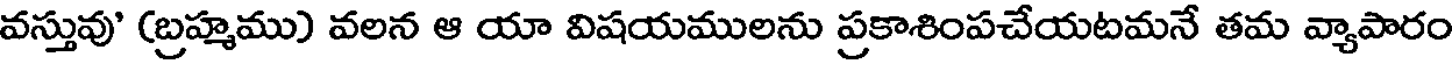
వస్తువు' (బ్రహ్మము) వలన ఆ యా విషయములను ప్రకాశింపచేయటమనే తమ వ్యాపారం